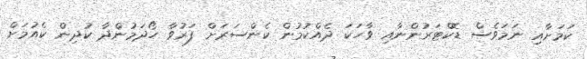
ކަމަށާއި ނަމަވެސް ޑޮކްޓަރުންނާއި ވާހަކަ ދެއްކުމުން ކެންސަރަށް ފަރުވާ ހޯދަމުންދާ ކުދިން ކެއުމަށް